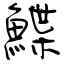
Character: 鰈